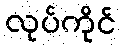
လုပ်ကိုင်